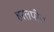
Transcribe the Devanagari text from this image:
हरतपीत